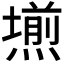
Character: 𭶊